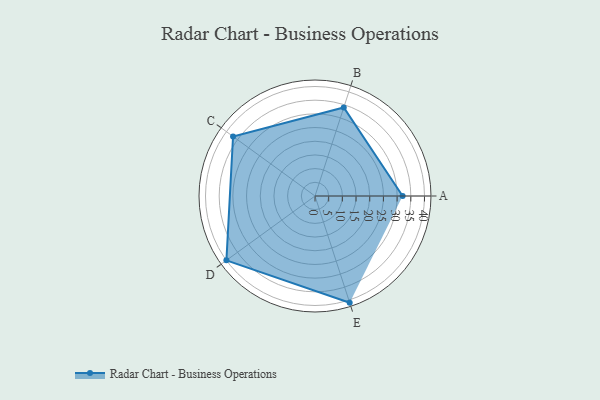
{"axis": {"x": "Skill", "y": "Score"}, "legend": ["Profile"], "data": [{"x": "A", "y": 32.0, "type": "Profile"}, {"x": "B", "y": 34.0, "type": "Profile"}, {"x": "C", "y": 37.0, "type": "Profile"}, {"x": "D", "y": 40.0, "type": "Profile"}, {"x": "E", "y": 41.0, "type": "Profile"}]}